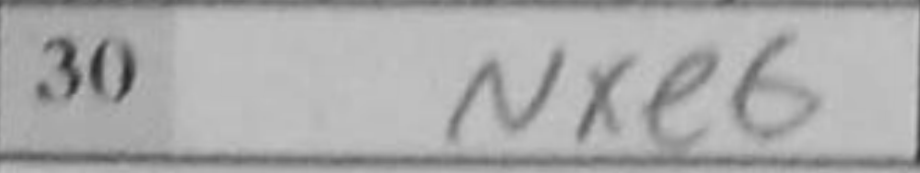
Transcription: Nxe6